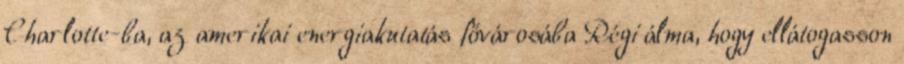
Charlotte-ba, az amerikai energiakutatás fővárosába Régi álma, hogy ellátogasson